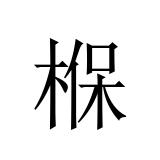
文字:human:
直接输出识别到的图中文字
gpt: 椺